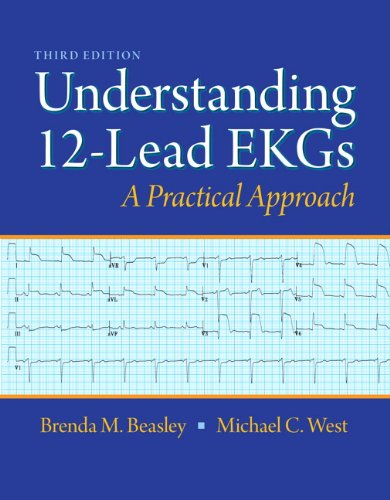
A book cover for Understanding 12-Lead EKGs (3rd Edition); Brenda M. Beasley; Medical Books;